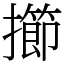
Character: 擳